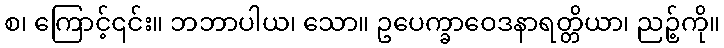
စ၊ ကြောင့်၎င်း။ ဘဘာပါယ၊ သော။ ဥပေက္ခာဝေဒနာရတ္တိယာ၊ ညဉ့်ကို။